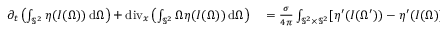
\begin{array} { r l } { \partial _ { t } \left( \int _ { \mathbb { S } ^ { 2 } } \eta ( I ( \Omega ) ) \, \mathrm { d } \Omega \right) + \operatorname { d i v } _ { x } \left( \int _ { \mathbb { S } ^ { 2 } } \Omega \eta ( I ( \Omega ) ) \, \mathrm { d } \Omega \right) } & { { } = \frac { \sigma } { 4 \pi } \int _ { \mathbb { S } ^ { 2 } \times \mathbb { S } ^ { 2 } } [ \eta ^ { \prime } ( I ( \Omega ^ { \prime } ) ) - \eta ^ { \prime } ( I ( \Omega ) ) ] I ( \Omega ) \, \mathrm { d } \Omega ^ { \prime } \, \mathrm { d } \Omega , } \end{array}